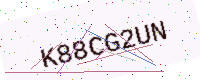
Text: K88CG2UN